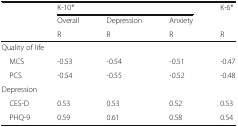
<table><thead><tr><td rowspan="3"></td><td colspan="3"><b>K-10*</b></td><td><b>K-6*</b></td></tr><tr><td><b>Overall</b></td><td><b>Depression</b></td><td><b>Anxiety</b></td><td></td></tr><tr><td><b>R</b></td><td><b>R</b></td><td><b>R</b></td><td><b>R</b></td></tr></thead><tbody><tr><td colspan="5">Quality of life</td></tr><tr><td> MCS</td><td>-0.53</td><td>-0.54</td><td>-0.51</td><td>-0.47</td></tr><tr><td> PCS</td><td>-0.54</td><td>-0.55</td><td>-0.52</td><td>-0.48</td></tr><tr><td colspan="5">Depression</td></tr><tr><td> CES-D</td><td>0.53</td><td>0.53</td><td>0.52</td><td>0.53</td></tr><tr><td> PHQ-9</td><td>0.59</td><td>0.61</td><td>0.58</td><td>0.54</td></tr></tbody></table>